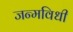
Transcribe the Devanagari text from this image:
जन्मविधी